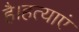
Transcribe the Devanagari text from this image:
है।हत्याएं